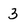
Character: 3